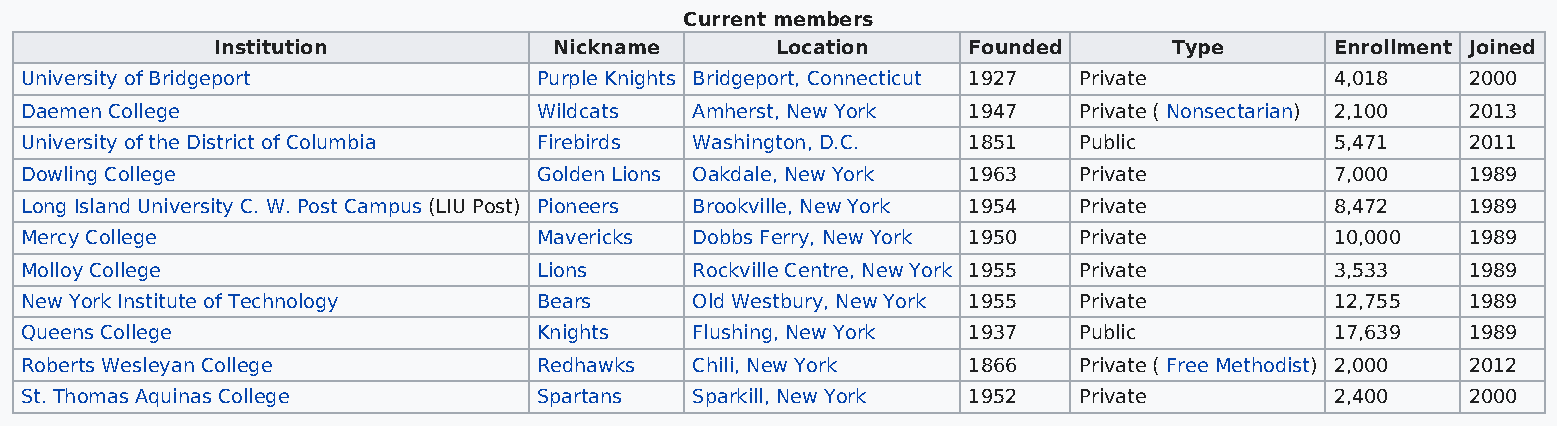
Current members
 Institution            Nickname      Location     Founded       Type      Enrollment Joined
 University of Bridgeport           Purple Knights Bridgeport, Connecticut 1927 Private 4,018    2000
 Daemen College                     Wildcats  Amherst, New York 1947   Private ( Nonsectarian) 2,100 2013
 University of the District of Columbia Firebirds Washington, D.C. 1851 Public          5,471    2011
 Dowling College                    Golden Lions Oakdale, New York 1963 Private         7,000    1989
 Long Island University C. W. Post Campus (LIU Post) Pioneers Brookville, New York 1954 Private 8,472 1989
 Mercy College                      Mavericks Dobbs Ferry, New York 1950 Private        10,000   1989
 Molloy College                     Lions     Rockville Centre, New York 1955 Private   3,533    1989
 New York Institute of Technology   Bears     Old Westbury, New York 1955 Private       12,755   1989
 Queens College                     Knights   Flushing, New York 1937  Public           17,639   1989
 Roberts Wesleyan College           Redhawks  Chili, New York   1866   Private ( Free Methodist) 2,000 2012
 St. Thomas Aquinas College         Spartans  Sparkill, New York 1952  Private          2,400    2000